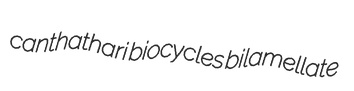
canthathari biocycles bilamellate